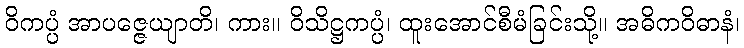
ဝိကပ္ပံ အာပဇ္ဇေယျာတိ၊ ကား။ ဝိသိဋ္ဌကပ္ပံ၊ ထူးအောင်စီမံခြင်းသို့။ အဓိကဝိဓာနံ၊